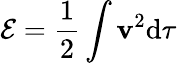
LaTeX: {\cal E}={\frac{1}{2}}\int\mathbf{v}^{2}\mathrm{d}\tau